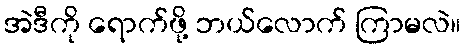
အဲဒီကို ရောက်ဖို့ ဘယ်လောက် ကြာမလဲ။